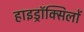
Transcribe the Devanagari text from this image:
हाइड्रॉक्सिलों